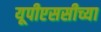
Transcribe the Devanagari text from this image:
यूपीएससीच्या